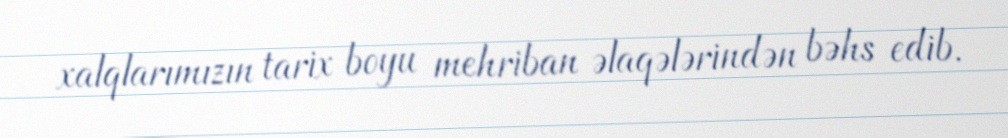
xalqlarımızın tarix boyu mehriban əlaqələrindən bəhs edib.